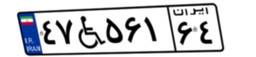
۴۷W۵۶۱۶۴